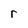
Character: r